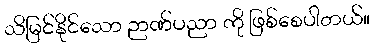
သိမြင်နိုင်သော ဉာဏ်ပညာ ကို ဖြစ်စေပါတယ်။